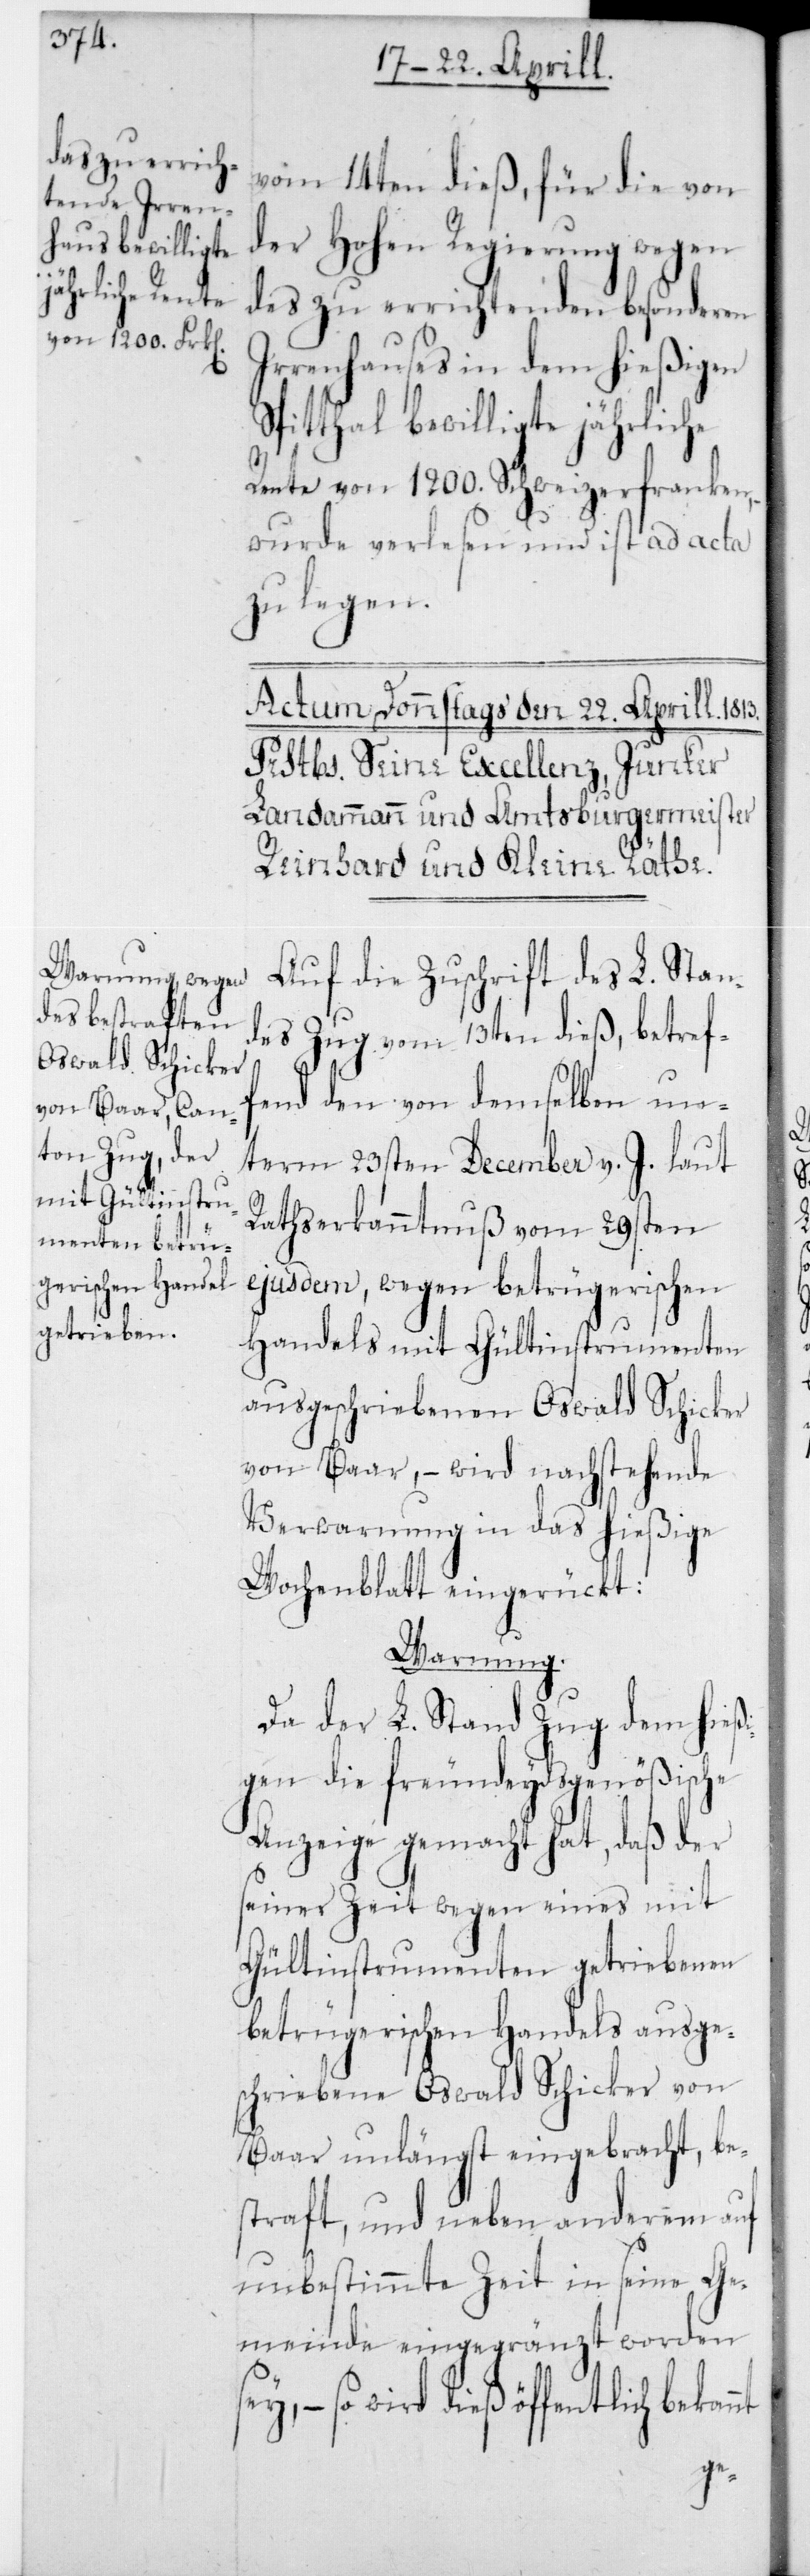
vom 14ten dieß, für die von
der Hohen Regierung wegen
des zu errichtenden besonderen
Irrenhauses in dem hießigen
Spitthal bewilligte jährliche
Rente von 1200 Schweizerfranken,
wurde verlesen und ist ad acta
zu legen.
Auf die Zuschrift des L. Stan¬
des Zug vom 13ten dieß, betref¬
end den von demselben un¬
term 23sten December v. J. laut
Rathserkanntnuß vom 29sten
ejusdem, wegen betrügerischen
Handels mit Gültinstrumenten
ausgeschriebenen Oswald Schicker
von Baar, – wird nachstehende
Verwarnung in das hießige
Wochenblatt eingerückt:
Warnung.
Da der L. Stand Zug dem hießi¬
gen die freundeydsgenößische
Anzeige gemacht hat, daß der
seiner Zeit wegen eines mit
Gültinstrumenten getriebenen
betrügerischen Handels ausge¬
schriebene Oswald Schicker von
Baar unlängst eingebracht, bes¬
traft, und neben anderem auf
unbestimmte Zeit in seine Ge¬
meinde eingegränzt worden
so wird dieß öffentlich bekan¬
nt